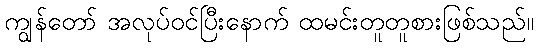
ကျွန်တော် အလုပ်ဝင်ပြီးနောက် ထမင်းတူတူစားဖြစ်သည်။